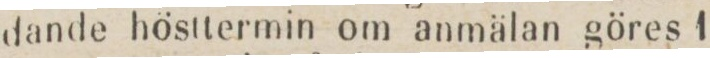
dande hösttermin om anmälan göres 1